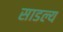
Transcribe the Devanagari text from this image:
साडल्य